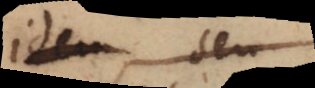
idem, sed